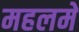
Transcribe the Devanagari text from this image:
महलमें